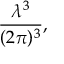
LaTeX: { \frac { \lambda ^ { 3 } } { ( 2 \pi ) ^ { 3 } } } ,